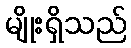
မျိုးရှိသည်